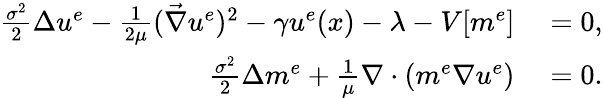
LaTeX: \begin{array}{rl}{\frac{\sigma^{2}}{2}\Delta{u^{e}}-\frac{1}{2\mu}(\vec{\nabla}u^{e})^{2}-\gamma u^{e}(x)-\lambda-V[m^{e}]}&{{}=0,}\\ {\frac{\sigma^{2}}{2}\Delta m^{e}+\frac{1}{\mu}\nabla\cdot(m^{e}\nabla u^{e})}&{{}=0.}\end{array}